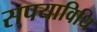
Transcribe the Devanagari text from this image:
सपयाविधि